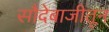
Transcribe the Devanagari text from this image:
सौदेबाजीतून